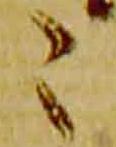
之